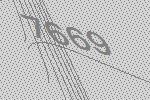
7669